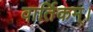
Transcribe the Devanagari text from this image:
वार्तिकम्।